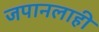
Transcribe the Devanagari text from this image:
जपानलाही